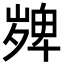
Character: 𭐼